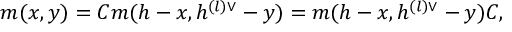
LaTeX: m ( x , y ) = { \cal C } m ( h - x , h ^ { ( l ) \vee } - y ) = m ( h - x , h ^ { ( l ) \vee } - y ) { \cal C } ,